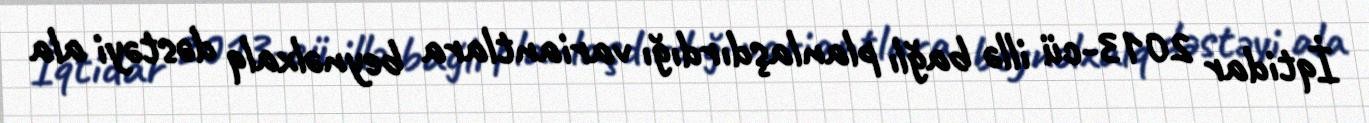
İqtidar 2013-cü illə bağlı planlaşdırdığı variantlara beynəlxalq dəstəyi ala